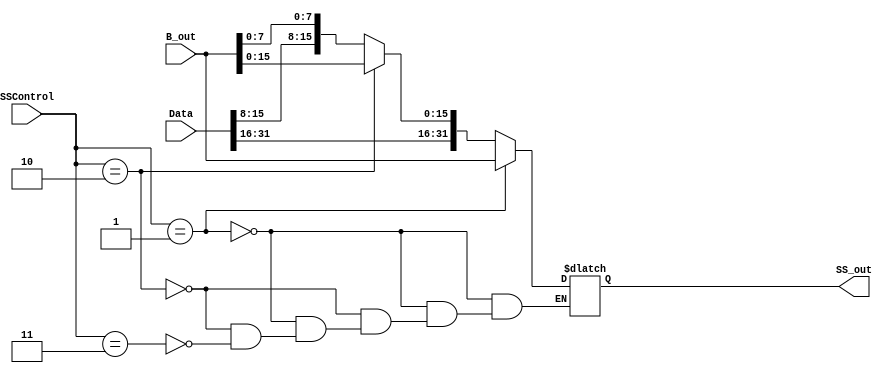
module ss_control(
    input   wire    [1:0]   SSControl,
    input   wire    [31:0]  Data,
    input   wire    [31:0]  B_out,
    output  reg    [31:0]  SS_out
);

always @ (*)
    begin
        if (SSControl == 2'b01) begin // word
            SS_out = B_out;
        end
        else if (SSControl == 2'b10) begin // half
            SS_out = {Data[31:16], B_out[15:0]};
        end
        else if (SSControl == 2'b11) begin // byte
            SS_out = {Data[31:8], B_out[7:0]};
        end
    end

endmodule